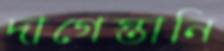
দাগেস্তানি